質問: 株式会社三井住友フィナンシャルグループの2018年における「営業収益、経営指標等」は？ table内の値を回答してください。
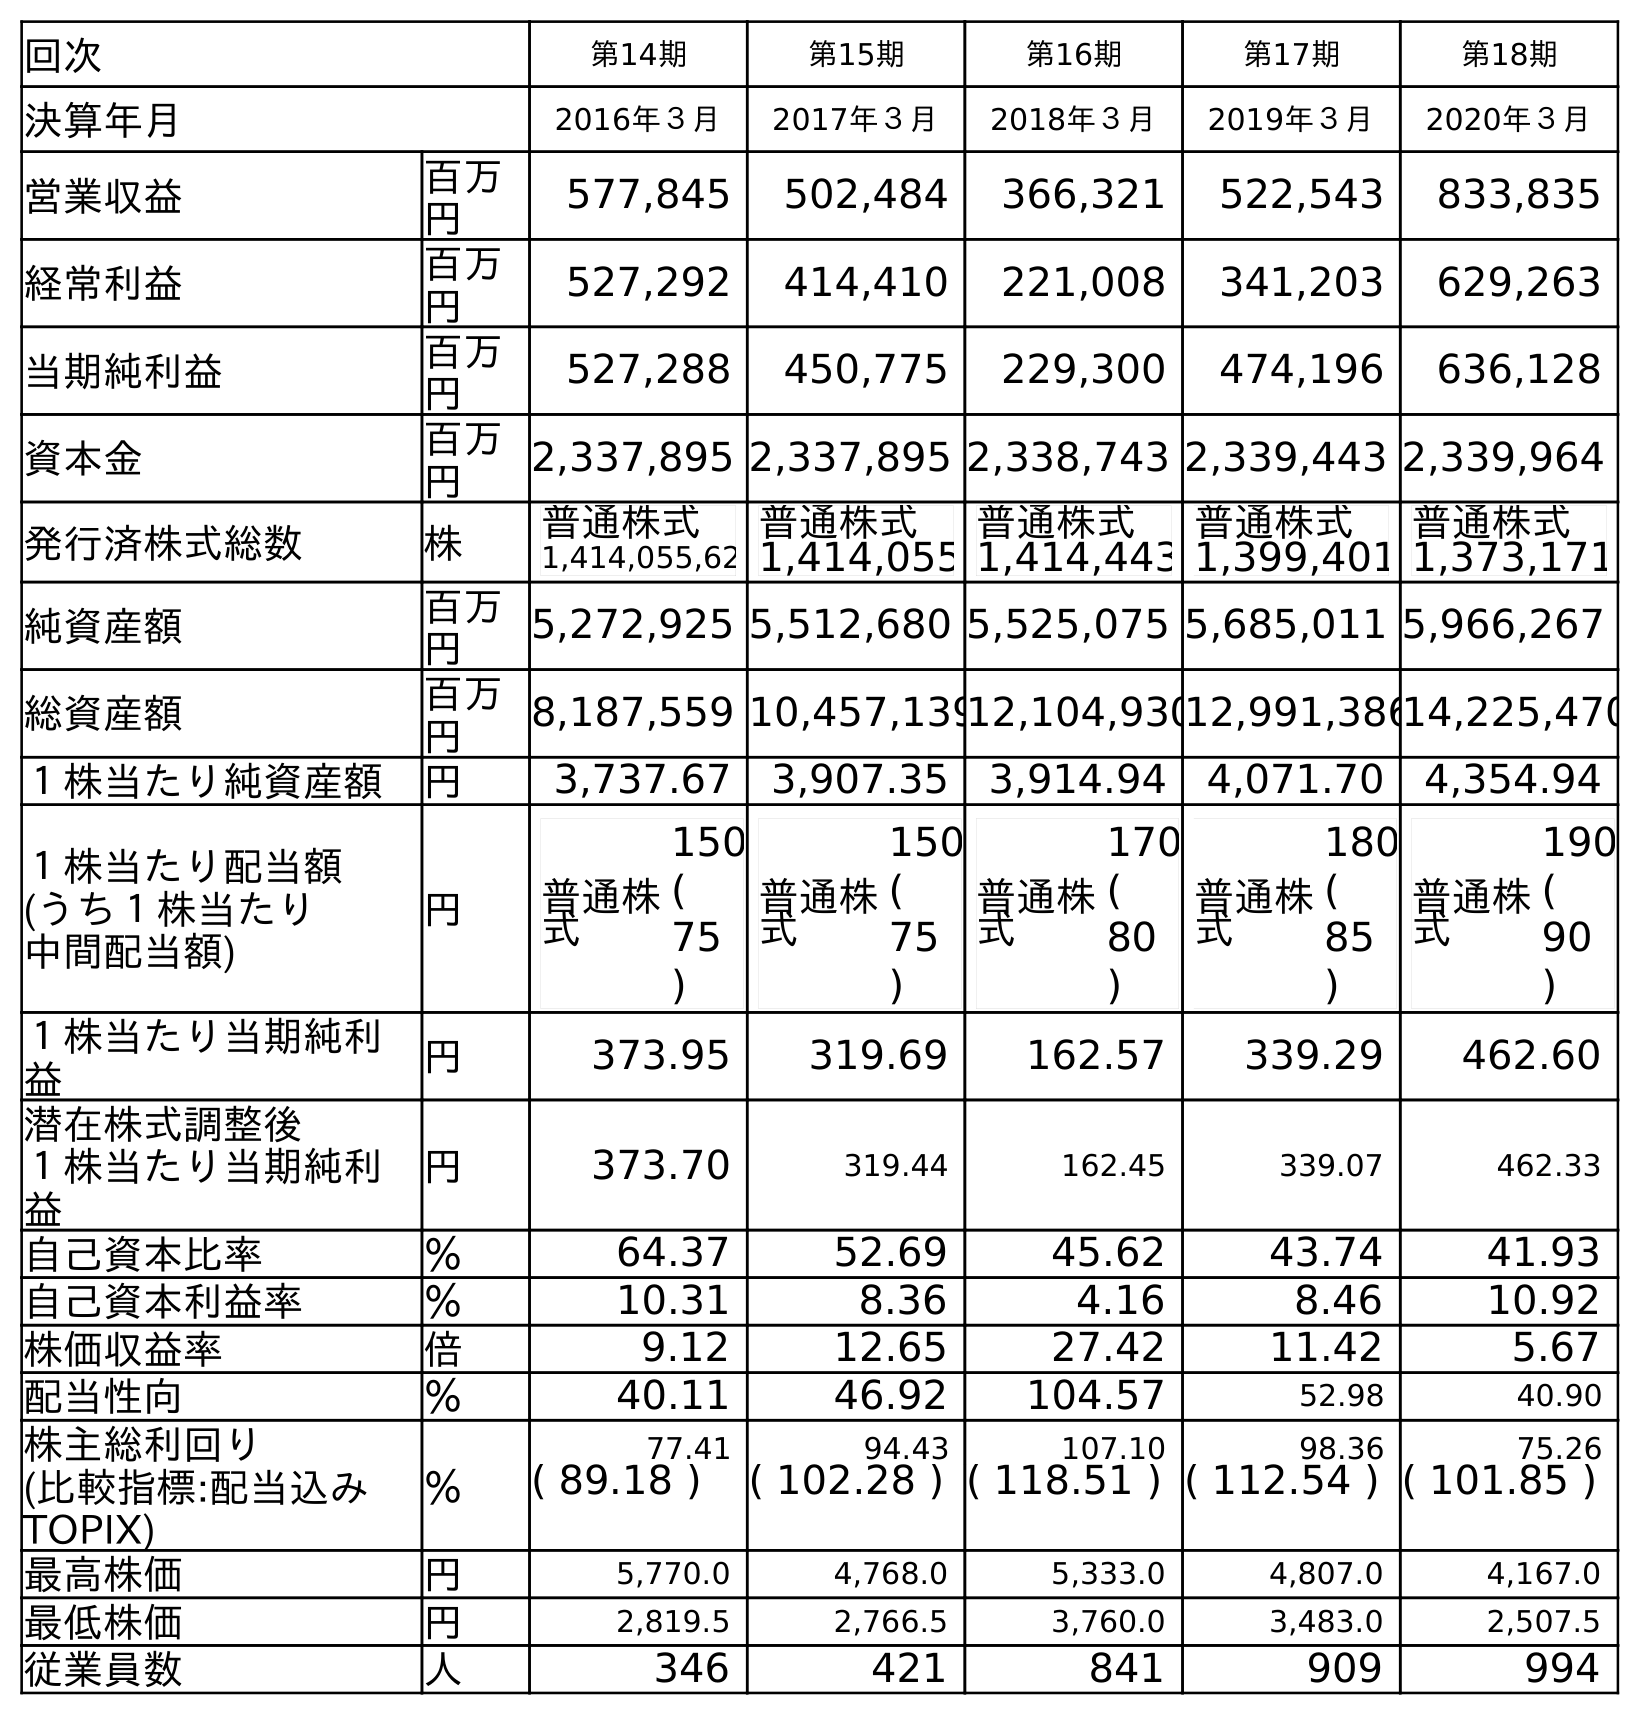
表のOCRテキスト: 回次 第14期 第15期 第16期 第17期 第18期 決算年月 2016年３月 2017年３月 2018年３月 2019年３月 2020年３月 営業収益 百万 円 577,845 502,484 366,321 522,543 833,835 経常利益 百万 円 527,292 414,410 221,008 341,203 629,263 当期純利益 百万 円 527,288 450,775 229,300 474,196 636,128 資本金 百万 円 2,337,895 2,337,895 2,338,743 2,339,443 2,339,964 発行済株式総数 株 普通株式 1,414,055,62 普通株式 1,414,055 普通株式 1,414,443 普通株式 1,399,401 普通株式 1,373,171 純資産額 百万 円 5,272,925 5,512,680 5,525,075 5,685,011 5,966,267 総資産額 百万 円 8,187,559 10,457,13912,104,93012,991,38614,225,470 １株当たり純資産額 円 3,737.67 3,907.35 3,914.94 4,071.70 4,354.94 １株当たり配当額 (うち１株当たり 中間配当額) 円 普通株 式 150 ( 75 ) 普通株 式 150 ( 75 ) 普通株 式 170 ( 80 ) 普通株 式 180 ( 85 ) 普通株 式 190 ( 90 ) １株当たり当期純利 益 円 373.95 319.69 162.57 339.29 462.60 潜在株式調整後 １株当たり当期純利 益 円 373.70 319.44 162.45 339.07 462.33 自己資本比率 ％ 64.37 52.69 45.62 43.74 41.93 自己資本利益率 ％ 10.31 8.36 4.16 8.46 10.92 株価収益率 倍 9.12 12.65 27.42 11.42 5.67 配当性向 ％ 40.11 46.92 104.57 52.98 40.90 株主総利回り ％ 77.41 94.43 107.10 98.36 75.26 (比較指標:配当込み TOPIX) ( 89.18 ) ( 102.28 ) ( 118.51 ) ( 112.54 ) ( 101.85 ) 最高株価 円 5,770.0 4,768.0 5,333.0 4,807.0 4,167.0 最低株価 円 2,819.5 2,766.5 3,760.0 3,483.0 2,507.5 従業員数 人 346 421 841 909 994
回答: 366,321